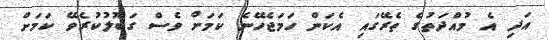
އަދި އެ މުއްދަތުގެ ތެރޭގައި އެކަން ހަމަޖެހޭނެ ކަމަށް ވެސް ގަބޫލުކުރެވޭ ކަމަށް